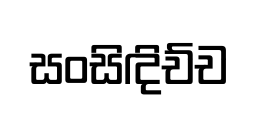
සංසිඳිච්ච